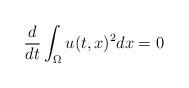
LaTeX: \begin{align*}\frac{d}{dt}\int \nolimits_{\Omega }u(t,x)^{2}dx=0 \end{align*}